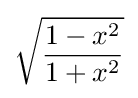
{\sqrt {\frac {1-x^{2}}{1+x^{2}}}}